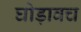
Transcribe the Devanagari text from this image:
घोड़ावच